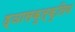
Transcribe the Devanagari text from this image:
ड्ञासकुल्कुलिय